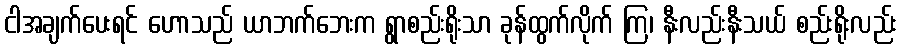
ငါအချက်ပေးရင် ဟောသည် ယာဘက်ဘေးက ရွာစည်းရိုးသာ ခုန်ထွက်လိုက် ကြ၊ နီးလည်းနီးသယ် စည်းရိုးလည်း